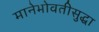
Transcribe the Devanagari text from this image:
मानेभोवतीसुद्धा